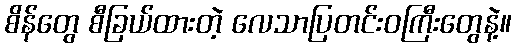
စိန်တွေ စီခြယ်ထားတဲ့ လေသာပြတင်းဝကြီးတွေနဲ့။